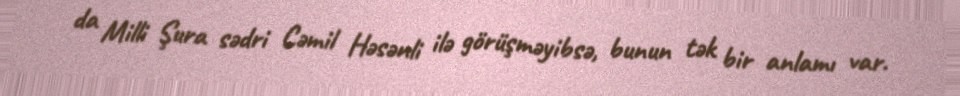
da Milli Şura sədri Cəmil Həsənli ilə görüşməyibsə, bunun tək bir anlamı var.